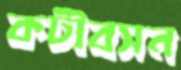
কটীবসন